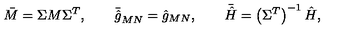
\bar { M } = \Sigma M \Sigma ^ { T } , \qquad \bar { \hat { g } } _ { M N } = \hat { g } _ { M N } , \qquad \bar { \hat { H } } = \left( \Sigma ^ { T } \right) ^ { - 1 } \hat { H } ,